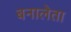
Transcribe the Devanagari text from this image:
बनालेता